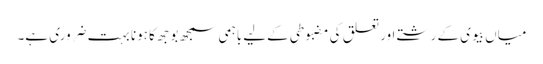
میاں بیوی کے رشتے اور تعلق کی مضبوطی کےلیے باہمی سمجھ بوجھ کا ہونا بہت ضروری ہے۔